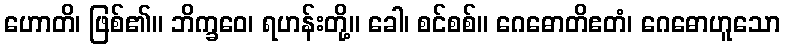
ဟောတိ၊ ဖြစ်၏။ ဘိက္ခဝေ၊ ရဟန်းတို့။ ခေါ၊ စင်စစ်။ ဂေဓောတိဧတံ၊ ဂေဓောဟူသော